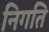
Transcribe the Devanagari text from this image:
निगति